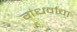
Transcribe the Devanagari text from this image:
गंधर्वाचा